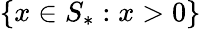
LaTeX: \{ x\in S_{*}:x>0\}